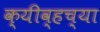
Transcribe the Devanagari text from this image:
क्यीव्हच्या